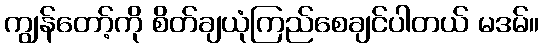
ကျွန်တော့်ကို စိတ်ချယုံကြည်စေချင်ပါတယ် မဒမ်။